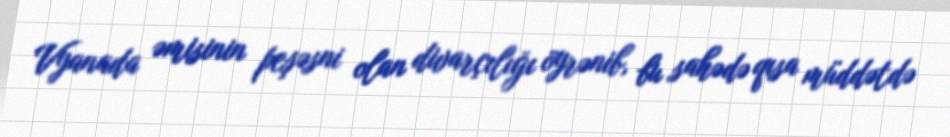
Vyanada əmisinin peşəsni olan divarçılığı öyrənib, bu sahədə qısa müddətdə